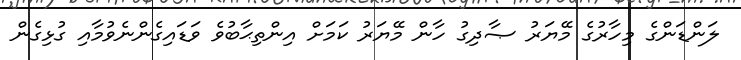
ލަންޑަންގެ މިހާރުގެ މޭޔަރު ޞާދިގު ހާން މޭޔަރު ކަމަށް އިންތިޙާބުވެ ވަޑައިގެންނެވުމާއި ގުޅިގެން